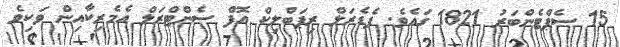
15 ސެޕްޓެންބަރު 1821 ގައެވެ. ފެޑެރަލް ރިޕަބްލިކް އޮފް ސެންޓްރަލް އެމެރިކާއިން ވަކިވެ